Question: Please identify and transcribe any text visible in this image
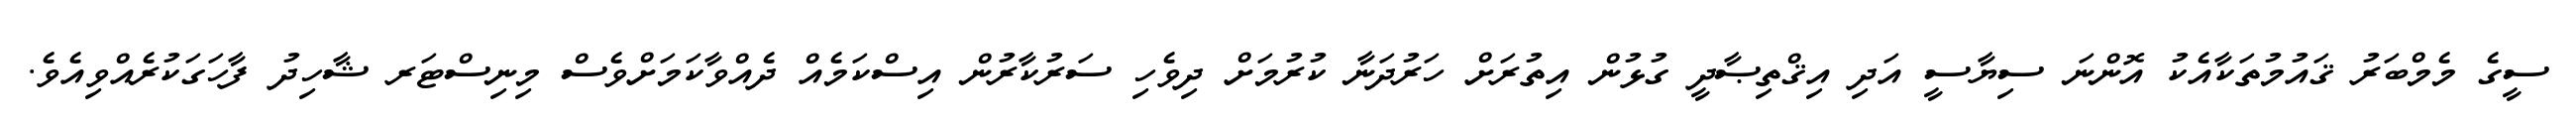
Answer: ސީގެ މެމްބަރު ޤައުމުތަކާއެކު އޮންނަ ސިޔާސީ އަދި އިޤްތިޞާދީ ގުޅުން އިތުރަށް ހަރުދަނާ ކުރުމަށް ދިވެހި ސަރުކާރުން އިސްކަމެއް ދެއްވާކަމަށްވެސް މިނިސްޓަރ ޝާހިދު ފާހަގަކުރެއްވިއެވެ.